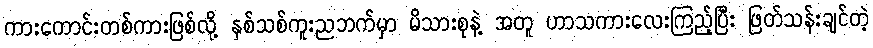
ကားကောင်းတစ်ကားဖြစ်လို့ နှစ်သစ်ကူးညဘက်မှာ မိသားစုနဲ့ အတူ ဟာသကားလေးကြည့်ပြီး ဖြတ်သန်းချင်တဲ့